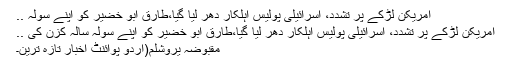
امریکن لڑکے پر تشدد، اسرائیلی پولیس اہلکار دھر لیا گیا،طارق ابو خضیر کو اپنے سولہ ..
امریکن لڑکے پر تشدد، اسرائیلی پولیس اہلکار دھر لیا گیا،طارق ابو خضیر کو اپنے سولہ سالہ کزن کی ..
مقبوضہ یروشلم(اُردو پوائنٹ اخبار تازہ ترین۔